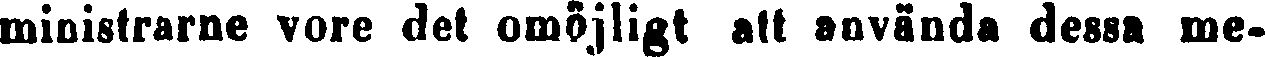
ministrarne vore det omöjligt att använda dessa me-